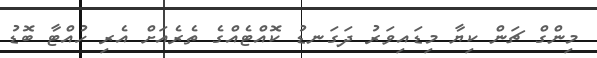
މިންގް ޗަން ކިޔާ މިޑައިވަރު ދަގަނޑު ކޮއްޓެއްގެ ތެރެއަށް އެރި ހުއްޓާ ބޮޑު